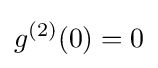
g^{(2)}(0)=0